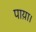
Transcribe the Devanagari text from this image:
पाय़ा।